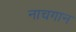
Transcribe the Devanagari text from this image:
नाचगान